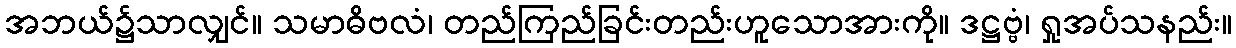
အဘယ်၌သာလျှင်။ သမာဓိဗလံ၊ တည်ကြည်ခြင်းတည်းဟူသောအားကို။ ဒဋ္ဌဗ္ဗံ၊ ရှုအပ်သနည်း။